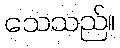
သေသည်။